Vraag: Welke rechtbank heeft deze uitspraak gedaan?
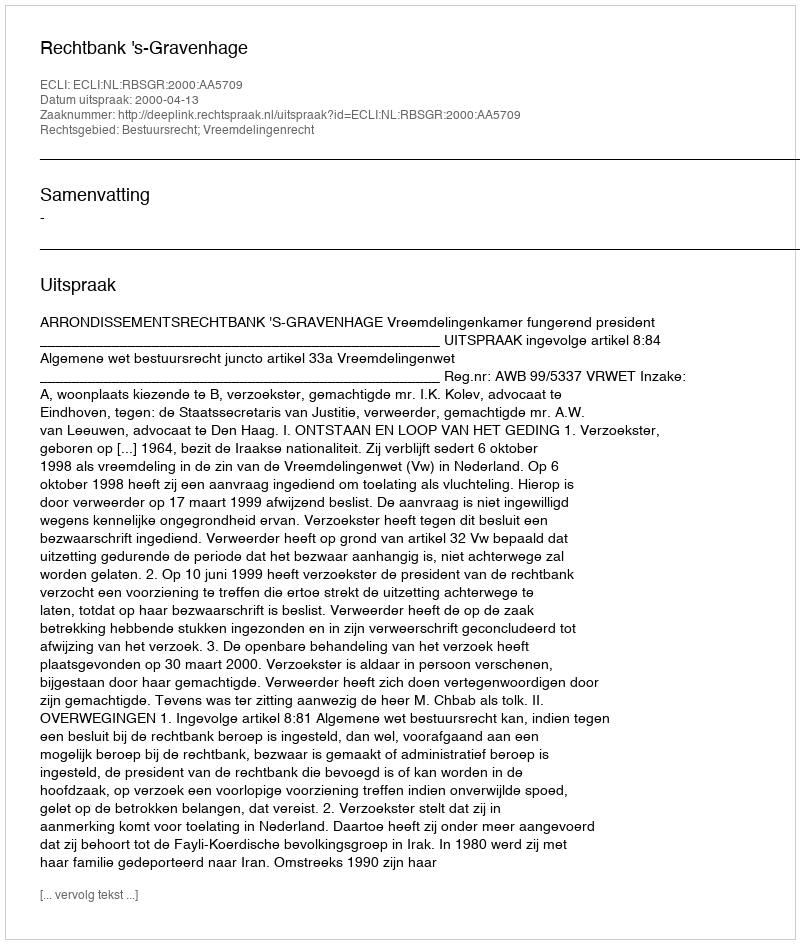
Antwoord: Rechtbank 's-Gravenhage